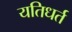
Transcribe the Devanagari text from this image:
यतिधर्त